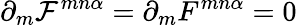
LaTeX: \partial_{m}{\cal F}^{mn\alpha}=\partial_{m}F^{mn\alpha}=0